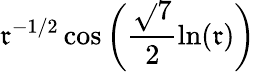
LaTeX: \mathfrak{r}^{-1/2}\cos\left(\frac{{\sqrt{}{{7}}}}{{2}}\ln(\mathfrak{r})\right)